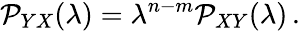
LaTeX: {\cal P}_{YX}(\lambda)=\lambda^{n-m}{\cal P}_{XY}(\lambda)\, .